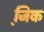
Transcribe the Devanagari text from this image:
जि़क